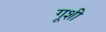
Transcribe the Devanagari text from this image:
गूशी